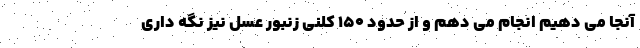
آنجا می دهیم انجام می دهم و از حدود ۱۵۰ کلنی زنبور عسل نیز نگه داری